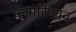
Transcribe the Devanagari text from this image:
कापरिपक्व